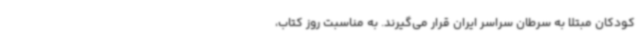
کودکان مبتلا به سرطان سراسر ایران قرار می‌گیرند. به مناسبت روز کتاب،